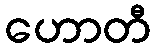
ဟောတီ